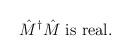
LaTeX: \begin{align*}\hat{M}^\dagger \hat{M}\mbox{ is real}.\end{align*}